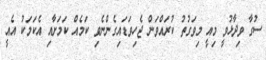
ސުގާ ވިދާޅުވީ މިއީ މިވަގުތު ކުރައްވަން ޖެހިވަޑައިގެންނެވި ކަމެއް ކަމަށާއި އެކަމަކު އެއީ